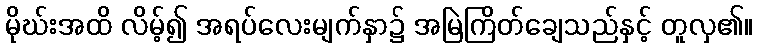
မိုဃ်းအထိ လိမ့်၍ အရပ်လေးမျက်နှာ၌ အမြဲကြိတ်ချေသည်နှင့် တူလှ၏။